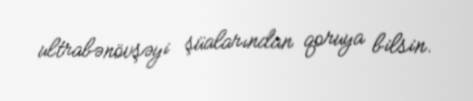
ultrabənövşəyi şüalarından qoruya bilsin.